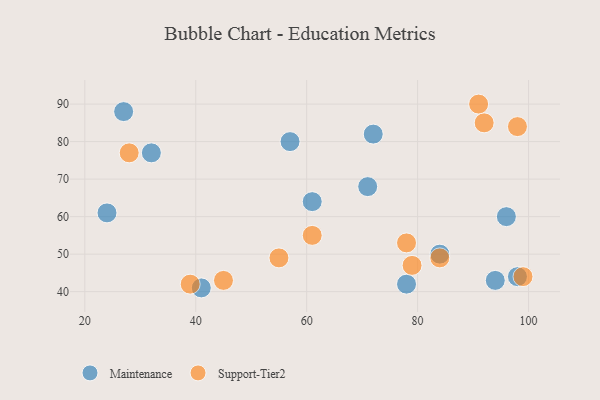
{"axis": {"x": "GDP", "y": "Life Expectancy"}, "legend": ["Maintenance", "Support-Tier2"], "data": [{"x": "84", "y": 50, "type": "Maintenance"}, {"x": "78", "y": 42, "type": "Maintenance"}, {"x": "61", "y": 64, "type": "Maintenance"}, {"x": "41", "y": 41, "type": "Maintenance"}, {"x": "72", "y": 82, "type": "Maintenance"}, {"x": "71", "y": 68, "type": "Maintenance"}, {"x": "27", "y": 88, "type": "Maintenance"}, {"x": "98", "y": 44, "type": "Maintenance"}, {"x": "57", "y": 80, "type": "Maintenance"}, {"x": "94", "y": 43, "type": "Maintenance"}, {"x": "24", "y": 61, "type": "Maintenance"}, {"x": "32", "y": 77, "type": "Maintenance"}, {"x": "96", "y": 60, "type": "Maintenance"}, {"x": "45", "y": 43, "type": "Support-Tier2"}, {"x": "78", "y": 53, "type": "Support-Tier2"}, {"x": "91", "y": 90, "type": "Support-Tier2"}, {"x": "98", "y": 84, "type": "Support-Tier2"}, {"x": "84", "y": 49, "type": "Support-Tier2"}, {"x": "79", "y": 47, "type": "Support-Tier2"}, {"x": "39", "y": 42, "type": "Support-Tier2"}, {"x": "99", "y": 44, "type": "Support-Tier2"}, {"x": "55", "y": 49, "type": "Support-Tier2"}, {"x": "61", "y": 55, "type": "Support-Tier2"}, {"x": "28", "y": 77, "type": "Support-Tier2"}, {"x": "92", "y": 85, "type": "Support-Tier2"}]}